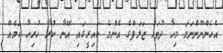
އެހެންނޫންނަމަ މިހާ ދުވަހު ޒަލަފްގެ އެންމެ ކައިރީގައި އޭނާ ކުރާ ހުރިހާ ކަމެއް